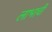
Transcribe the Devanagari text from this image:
लाभाची